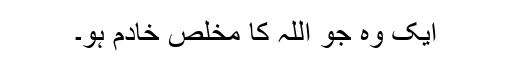
ایک وہ جو اللہ کا مخلص خادم ہو۔